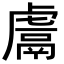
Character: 鬳